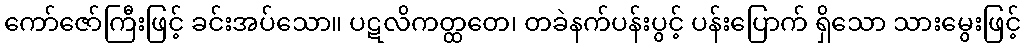
ကော်ဇော်ကြီးဖြင့် ခင်းအပ်သော။ ပဋလိကတ္ထတေ၊ တခဲနက်ပန်းပွင့် ပန်းပြောက် ရှိသော သားမွေးဖြင့်